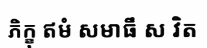
ភិក្ខុ ឥមំ សមាធឹ ស វិត